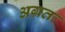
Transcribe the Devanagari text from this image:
अग्रतः